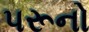
પરૂનો